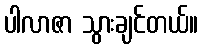
ပါလာဇာ သွားချင်တယ်။